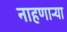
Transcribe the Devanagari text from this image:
नाहणाऱ्या